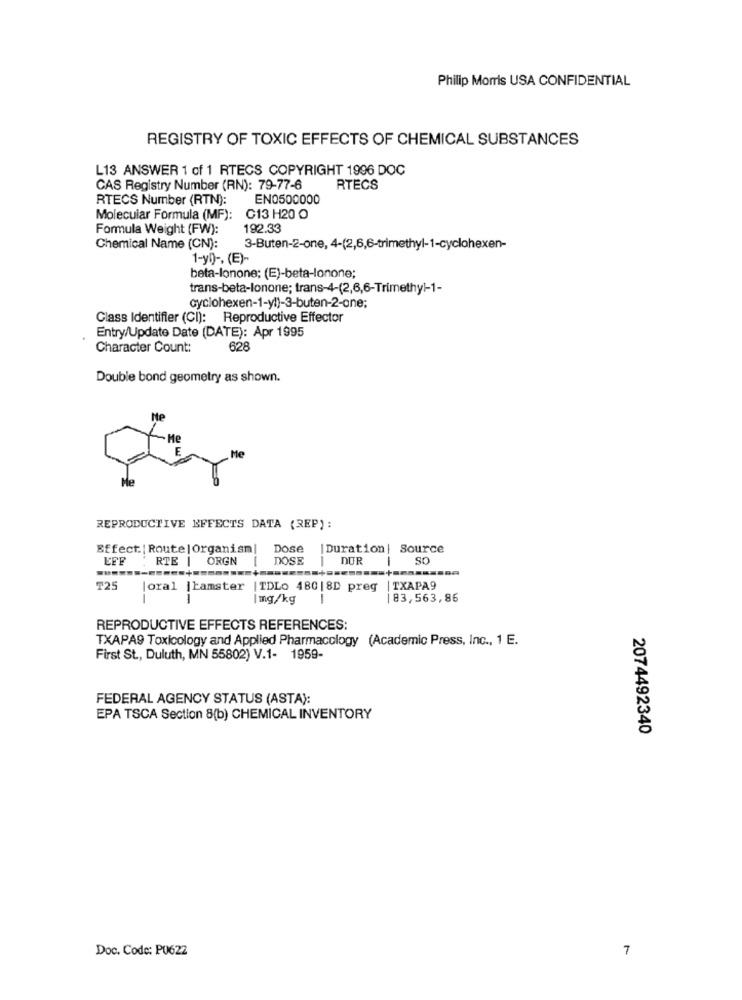
Philip Morris USA CONFIDENTIAL
REGISTRY OF TOXIC EFFECTS OF CHEMICAL SUBSTANCES
L13 ANSWER 1 of 1 RTECS COPYRIGHT 1996 DOC
CAS Registry Number (RN): 79-77-6
RTECS
RTECS Number (RTN):
EN0500000
Molecular Formula (MF): C13 H20 O
Formula Weight (FW):
192.33
Chemical Name (CN):
3-Buten-2-one, 4-(2,6,6-trimethyl-1-cyclohexen-
1-yl) -, (E)-
beta-lonone; (E)-beta-lonone;
trans-beta-lonone; trans-4-(2,6,6-Trimethyl-1-
cyclohexen-1-yl)-3-buten-2-one;
Class Identifier (CI): Reproductive Effector
Entry/Update Date (DATE): Apr 1995
Character Count:
628
Double bond geometry as shown.
NP
He
Me
REPRODUCTIVE EFFECTS DATA (REP):
Effect:| Route| Organism|
Dose
| Duration | Source
RTE 1
ORGN
DOSE
DUR
SO
T25
loral |hamster
TDLo 480 |8D preg | TXAPA9
1
|mg/kg
|83,563,86
REPRODUCTIVE EFFECTS REFERENCES:
TXAPA9 Toxicology and Applied Pharmacology (Academic Press, Inc ., 1 E.
First St ., Duluth, MN 55802) V.1- 1959-
FEDERAL AGENCY STATUS (ASTA):
EPA TSCA Section 8(b) CHEMICAL INVENTORY
2074492340
Doc. Code: PU622
7